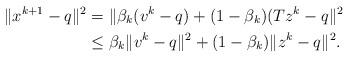
LaTeX: \begin{align*}\begin{aligned}\|x^{k+1} - q \|^2 & = \|\beta_k(v^{k} - q) + (1 - \beta_k)(Tz^k - q \|^2 \\ & \leq \beta_k\|v^{k} - q \|^2 + (1 - \beta_k)\|z^k - q \|^2. \\\end{aligned}\end{align*}